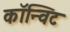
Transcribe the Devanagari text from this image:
कॉन्विट